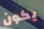
يكون